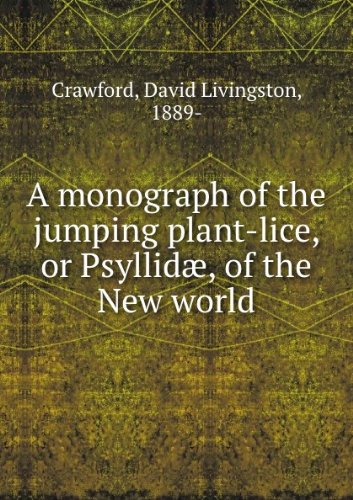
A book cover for A monograph of the jumping plant-lice,: Or PsyllidÃ¦, of the New world, (Smithsonian institution. United States National museum. Bulletin 85); David Livingston Crawford; Health, Fitness & Dieting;